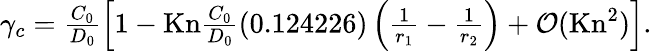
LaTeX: \begin{array}{r}{\gamma_{c}=\frac{C_{0}}{D_{0}}\left[1-\mathrm{Kn}\frac{C_{0}}{D_{0}}(0.124226)\left(\frac{1}{r_{1}}-\frac{1}{r_{2}}\right)+\mathcal{O}(\mathrm{Kn}^{2})\right].}\end{array}